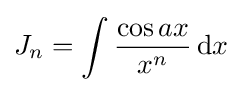
J_{n}=\int {\frac {\cos {ax}}{x^{n}}}\,{\text{d}}x\,\!